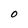
Character: O